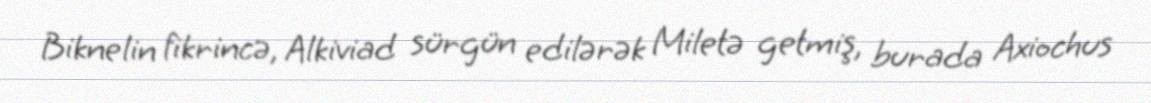
Biknelin fikrincə, Alkiviad sürgün edilərək Miletə getmiş, burada Axiochus